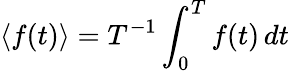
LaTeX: \langle f(t)\rangle=T^{-1}\int_{0}^{T}f(t)\, dt